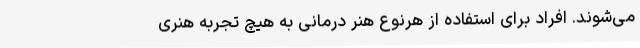
می‌شوند. افراد برای استفاده از هرنوع هنر درمانی به هیچ تجربه هنری